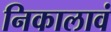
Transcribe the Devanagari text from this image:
निकालावं